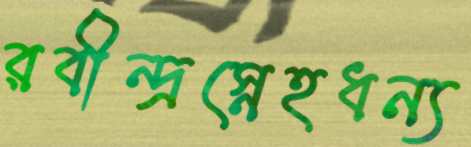
রবীন্দ্রস্নেহধন্য